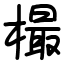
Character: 樶